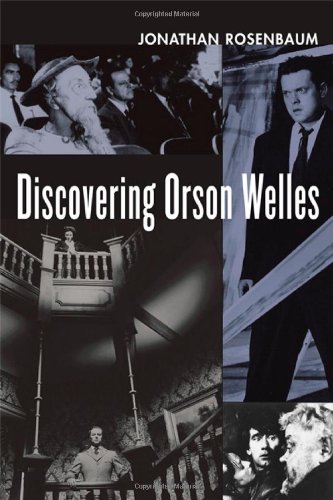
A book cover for Discovering Orson Welles; Jonathan Rosenbaum; Arts & Photography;